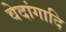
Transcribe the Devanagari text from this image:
वेदांगादि